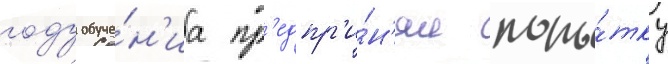
году обуче́н'иа пр'едпр'и́н'ял попы́тку